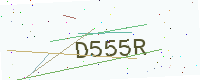
Text: D555R